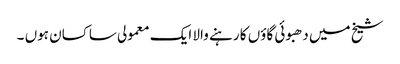
شیخ میں دھبوئی گاؤں کا رہنے والا ایک معمولی ساکسان ہوں ۔